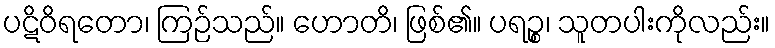
ပဋိဝိရတော၊ ကြဉ်သည်။ ဟောတိ၊ ဖြစ်၏။ ပရဉ္စ၊ သူတပါးကိုလည်း။